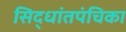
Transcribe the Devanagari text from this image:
सिद्धांतपंचिका